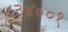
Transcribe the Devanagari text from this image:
८३४००१